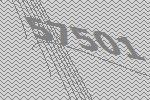
57501